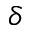
\delta